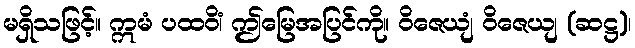
မရှိသဖြင့်။ ဣမံ ပထဝိံ၊ ဤမြေအပြင်ကို။ ဝိဇေယျံ ဝိဇေယျ (ဆဋ္ဌ)၊